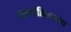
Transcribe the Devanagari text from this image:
वसावाहिकारोध